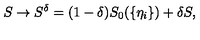
S \to S ^ { \delta } = ( 1 - \delta ) S _ { 0 } ( \{ \eta _ { i } \} ) + \delta S ,